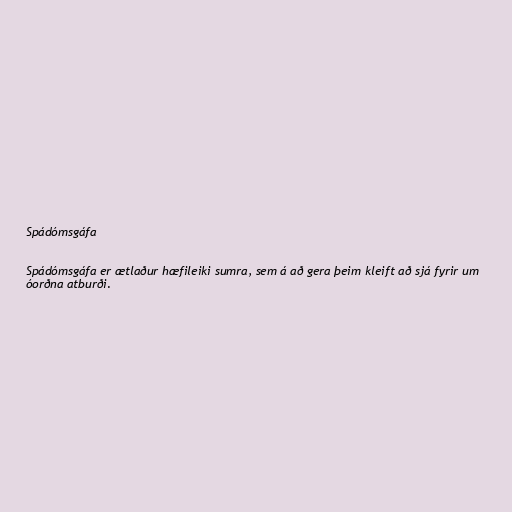
Spádómsgáfa

Spádómsgáfa er ætlaður hæfileiki sumra, sem á að gera þeim kleift að sjá fyrir um
óorðna atburði.